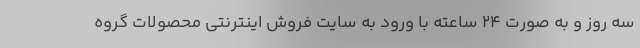
سه روز و به صورت ۲۴ ساعته با ورود به سایت فروش اینترنتی محصولات گروه